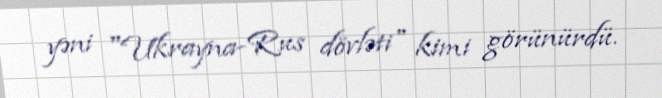
yəni "Ukrayna-Rus dövləti" kimi görünürdü.